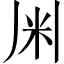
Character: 𫂱